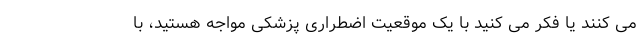
می کنند یا فکر می کنید با یک موقعیت اضطراری پزشکی مواجه هستید، با